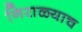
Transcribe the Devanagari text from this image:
निराळ्याच